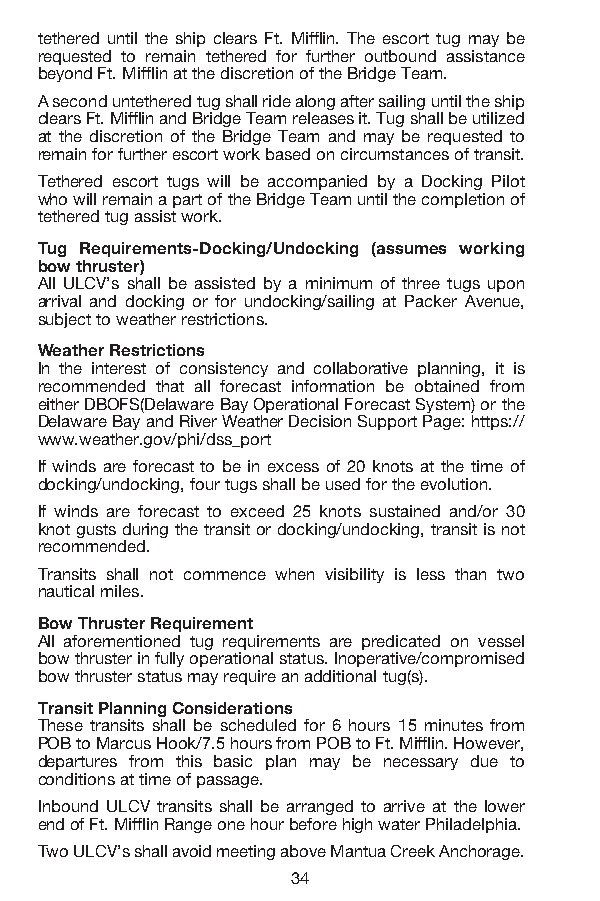
tethered until the ship clears Ft. Mifflin. The escort tug may be
 requested to remain tethered for further outbound assistance
 beyond Ft. Mifflin at the discretion of the Bridge Team.
 A second untethered tug shall ride along after sailing until the ship
 clears Ft. Mifflin and Bridge Team releases it. Tug shall be utilized
 at the discretion of the Bridge Team and may be requested to
 remain for further escort work based on circumstances of transit.
 Tethered escort tugs will be accompanied by a Docking Pilot
 who will remain a part of the Bridge Team until the completion of
 tethered tug assist work.
 Tug Requirements-Docking/Undocking (assumes working
 bow thruster)
 All ULCV’s shall be assisted by a minimum of three tugs upon
 arrival and docking or for undocking/sailing at Packer Avenue,
 subject to weather restrictions.
 Weather Restrictions
 In the interest of consistency and collaborative planning, it is
 recommended that all forecast information be obtained from
 either DBOFS(Delaware Bay Operational Forecast System) or the
 Delaware Bay and River Weather Decision Support Page: https://
 www.weather.gov/phi/dss_port
 If winds are forecast to be in excess of 20 knots at the time of
 docking/undocking, four tugs shall be used for the evolution.
 If winds are forecast to exceed 25 knots sustained and/or 30
 knot gusts during the transit or docking/undocking, transit is not
 recommended.
 Transits shall not commence when visibility is less than two
 nautical miles.
 Bow Thruster Requirement
 All aforementioned tug requirements are predicated on vessel
 bow thruster in fully operational status. Inoperative/compromised
 bow thruster status may require an additional tug(s).
 Transit Planning Considerations
 These transits shall be scheduled for 6 hours 15 minutes from
 POB to Marcus Hook/7.5 hours from POB to Ft. Mifflin. However,
 departures from this basic plan may be necessary due to
 conditions at time of passage.
 Inbound ULCV transits shall be arranged to arrive at the lower
 end of Ft. Mifflin Range one hour before high water Philadelphia.
 Two ULCV’s shall avoid meeting above Mantua Creek Anchorage.
 34